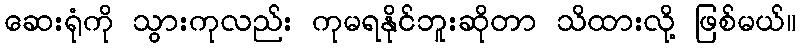
ဆေးရုံကို သွားကုလည်း ကုမရနိုင်ဘူးဆိုတာ သိထားလို့ ဖြစ်မယ်။